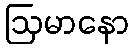
ဩမာနော